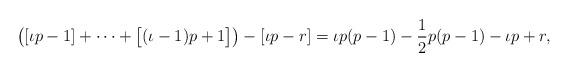
LaTeX: \begin{align*}\bigl([\iota p-1]+\dots+\bigl[(\iota-1)p+1\bigr]\bigr)-[\iota p-r]= \iota p(p-1)-\frac12p(p-1)-\iota p+r,\end{align*}